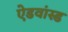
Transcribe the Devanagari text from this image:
ऐडवांस्ड